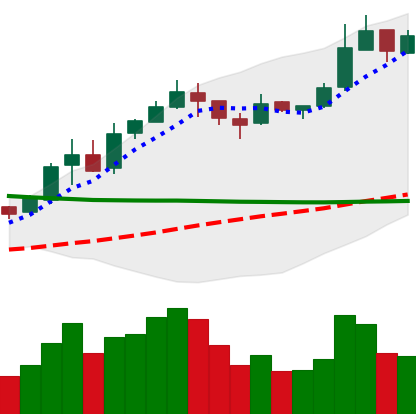
Ticker: BNB-USD
Chart end date: 2019-02-22
Forward return: -8.655%
Label: down_7plus